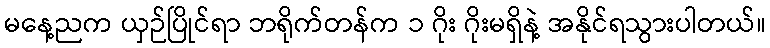
မနေ့ညက ယှဉ်ပြိုင်ရာ ဘရိုက်တန်က ၁ ဂိုး ဂိုးမရှိနဲ့ အနိုင်ရသွားပါတယ်။